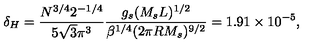
\delta _ { H } = { \frac { N ^ { 3 / 4 } 2 ^ { - 1 / 4 } } { 5 \sqrt 3 \pi ^ { 3 } } } { \frac { g _ { s } ( M _ { s } L ) ^ { 1 / 2 } } { \beta ^ { 1 / 4 } ( 2 \pi R M _ { s } ) ^ { 9 / 2 } } } = 1 . 9 1 \times 1 0 ^ { - 5 } ,